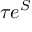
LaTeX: \tau e ^ { S }